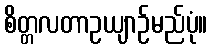
စိတ္တလတာဥယျာဉ်မည်ပုံ။